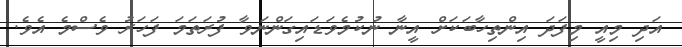
އަދި މިއީ މިފަދަ އިންތިހާބަކަށް އީނާ ނުކުމެވަޑައިގަންނަވާ ފުރަތަމަ ފަހަރު ވެސްމެ އެވެ.